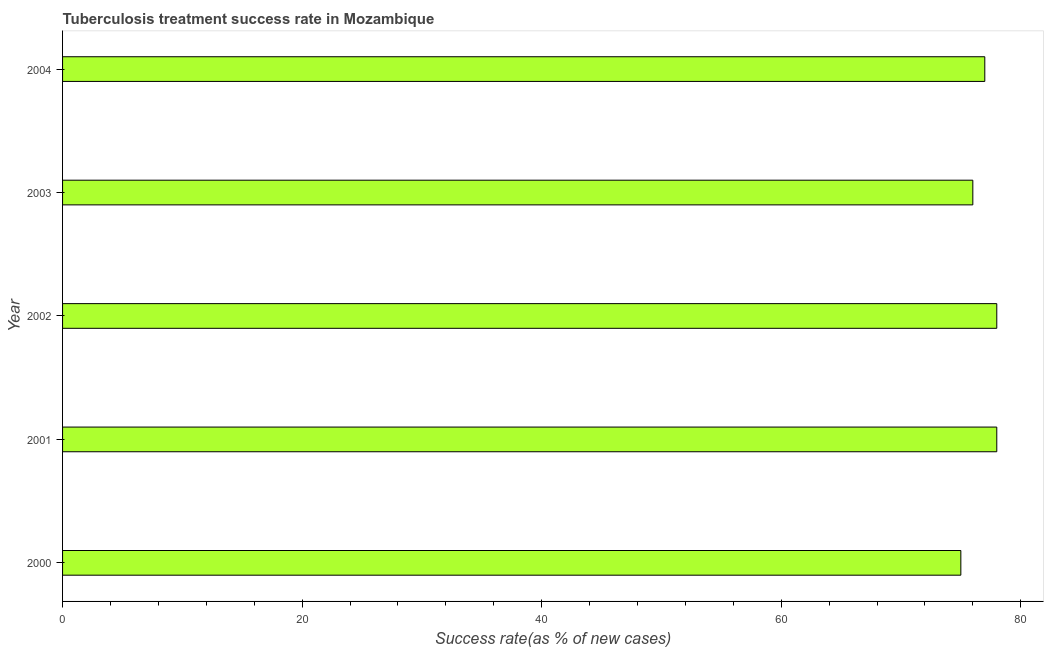
| Year | Tuberculosis treatment success rate |
 | --- | --- |
 | 2000 | 75 |
 | 2001 | 78 |
 | 2002 | 78 |
 | 2003 | 76 |
 | 2004 | 77 |